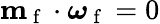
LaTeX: \mathbf{m}_{\mathrm{~f~}}\cdot\boldsymbol{\omega}_{\mathrm{~f~}}=0